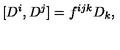
[ D ^ { i } , D ^ { j } ] = f ^ { i j k } D _ { k } ,